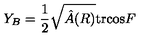
Y _ { B } = { \frac { 1 } { 2 } } \sqrt { \hat { A } ( R ) } \mathrm { t r } \mathrm { c o s } F